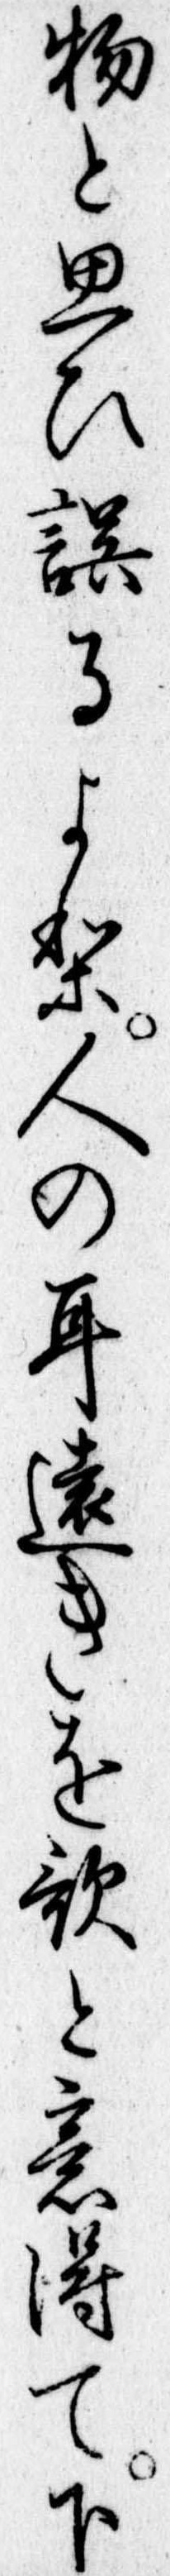
物と思ひ誤るより人の耳遠きを歌と意得て下